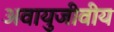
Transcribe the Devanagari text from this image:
अवायुजीवीय